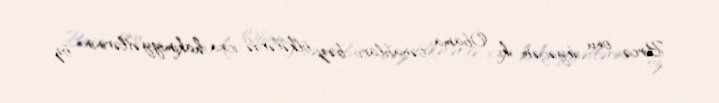
Bircə onu deyəcəm ki, Obama cənabları bəzi ölkələrdə icra hakimiyyətlərinin öz